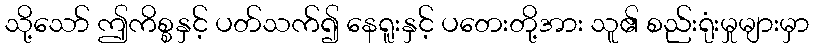
သို့သော် ဤကိစ္စနှင့် ပတ်သက်၍ နေရူးနှင့် ပတေးတို့အား သူ၏ စည်းရုံးမှုများမှာ